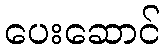
ပေးဆောင်